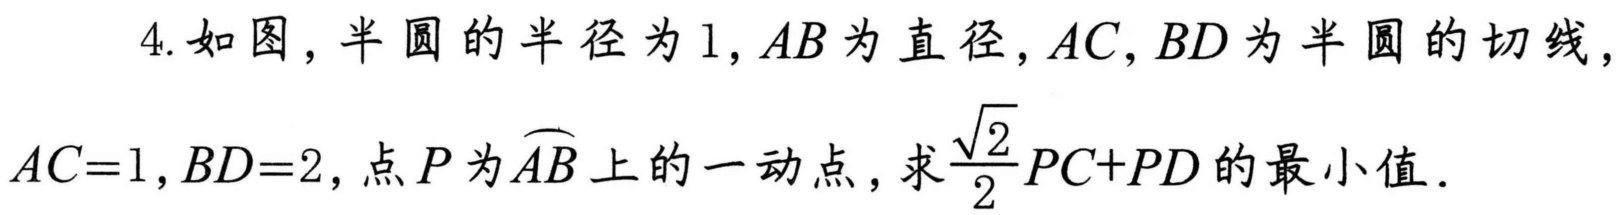
4. 如图，半圆的半径为\(1\)，\(AB\)为直径，\(AC,BD\)为半圆的切线，\(AC = 1\)，\(BD = 2\)，点\(P\)为\(\overset{\frown}{AB}\)上的一动点，求\(\frac{\sqrt{2}}{2}PC + PD\)的最小值．